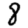
Digit: 8